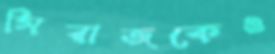
সিরাজকেও